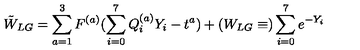
\tilde { W } _ { L G } = \sum _ { a = 1 } ^ { 3 } F ^ { ( a ) } ( \sum _ { i = 0 } ^ { 7 } Q _ { i } ^ { ( a ) } Y _ { i } - t ^ { a } ) + ( W _ { L G } \equiv ) \sum _ { i = 0 } ^ { 7 } e ^ { - Y _ { i } }